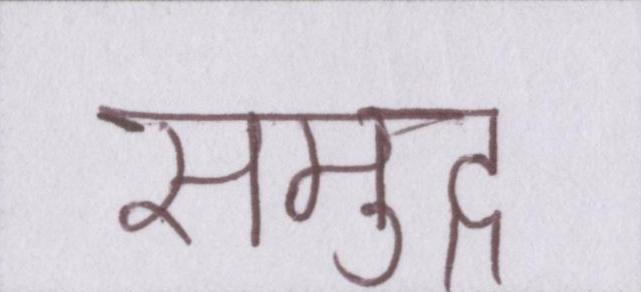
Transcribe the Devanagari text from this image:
समुद्र